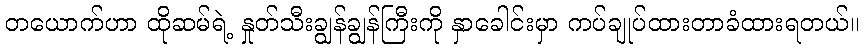
တယောက်ဟာ ထိုဆမ်ရဲ့ နှုတ်သီးချွန်ချွန်ကြီးကို နှာခေါင်းမှာ ကပ်ချုပ်ထားတာခံထားရတယ်။